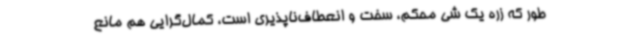
طور که زره یک شی محکم، سخت و انعطاف‌ناپذیری است، کمال‌گرایی هم مانع